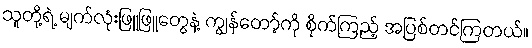
သူတို့ရဲ့ မျက်လုံးဖြူဖြူတွေနဲ့ ကျွန်တော့်ကို စိုက်ကြည့် အပြစ်တင်ကြတယ်။